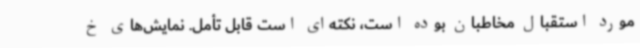
مورد استقبال مخاطبان بوده است، نکته‌ای است قابل تأمل. نمایش‌های خ